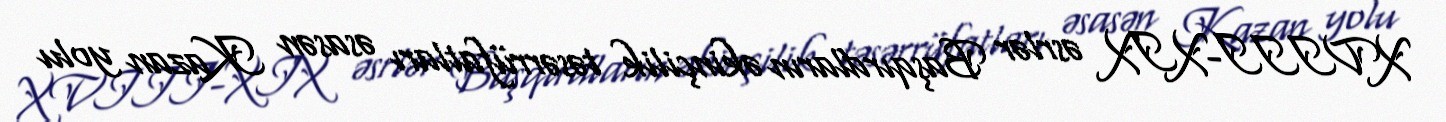
XVIII-XIX əsrlər Başqırdların əkinçilik təsərrüfatları əsasən Kazan yolu